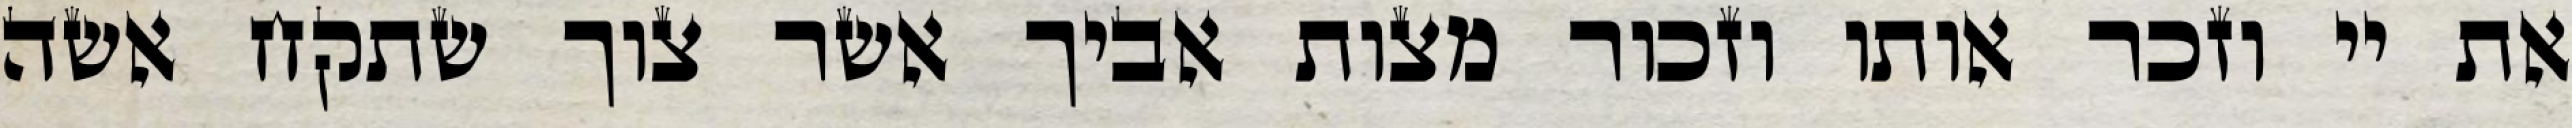
את יי וזכר אותו וזכור מצות אביך אשר צוך שתקח אשה